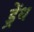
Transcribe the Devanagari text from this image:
ड्रेंथ